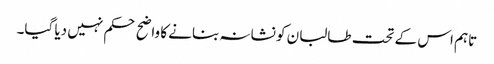
تاہم اس کے تحت طالبان کو نشانہ بنانے کا واضح حکم نہیں دیا گیا۔